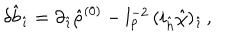
LaTeX: \delta { \hat { b } } _ { \hat { \imath } } = \partial _ { \hat { \imath } } { \hat { \rho } } ^ { ( 0 ) } - l _ { p } ^ { - 2 } \, ( i _ { \hat { h } } { \hat { \chi } } ) _ { \hat { \imath } } \, ,